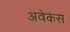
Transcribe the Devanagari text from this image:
अवेकंस